King Institute of Preventive Medicine Bacteriolog. Section reports 1907-08
Year: 1907
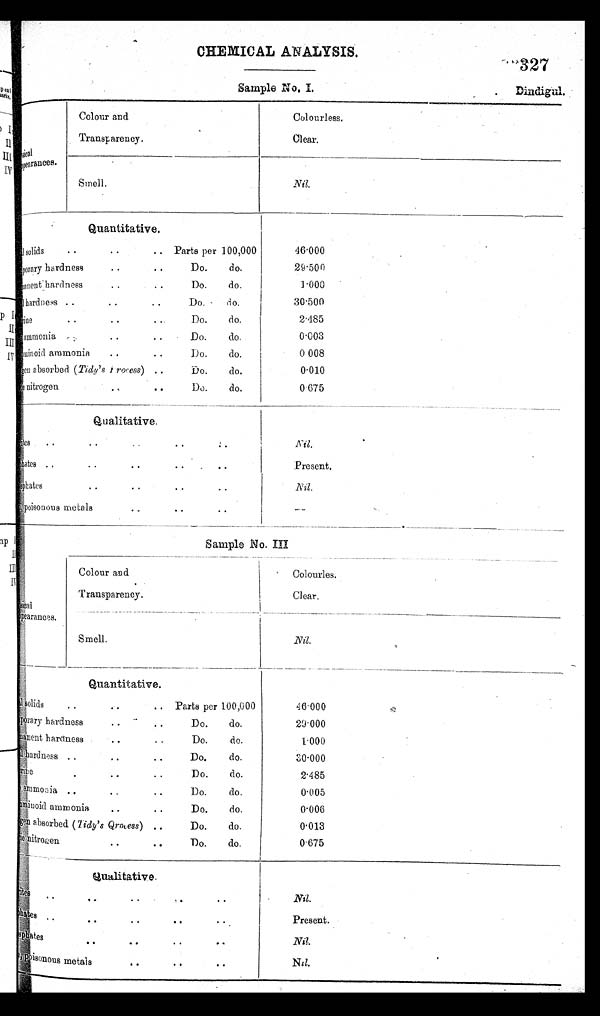
Sample No. I.
Dindigul.
CHEMICAL ANALYSIS.
327
appearances.
P h y s i c a l
Colour and
Transparency.
Colourless.
Clear.
__
___
Sine11.
.N11.
Quantitative.
solids
. .
. .
.. Parts per 100,000
Temporary hardness .. .. Do. do.
Permanent
hardness
. .
• •
Do.
do.
hardness ..
• .
• •
Do. • do,
r i n e
• •
..
• .
Do.
du
ammonia .. ,,
. .
. .
Do.
do.
' min oid ammonia
. .
. .
D o.
do.
en absorbed ( Tidy's proress) . .
Do.
do.
nitrogen
..
0 0
Do.
do.
46.000
29.500
1.000
30.500
2.485
0.003
0 008
0.010
0.675
Qualitative.
ila
. ,
.
. •
. .
• t
• •
p h a t e s
. ,
. .
• •
. .
. . .
sphates
, .
. .
• .
• •
poisonous metals
...
• •
• •
N i l
,
.
Present.
Nil.
--
..
Sample No.
appearances.
Col our an d
Transparency.
Colourles.
Clear.
S m ell
N i l
Quantitative.
solids
. •
. . Parts per 100,000
porary hardness .. - Do. do. • •
manent hardness
' • •
. .
Do.
do.
h a r d n e s s
..
Do.
do.
• •
• •
ine
Do.
do.
.
• •
. .
a m m o n i a
..
Do.
do.
. .
• •
a m o n o i d
anmonia
Do.
do.
• •
. . .
• •
gen
a bsorbed (Tidy's process) . .
Do.
do.
ic nitrogen
Do.
do.
• •
• •
.
.
46.000
2 9 . 0 0 0
1.000
3 0 . 0 0 0
2.485
0.005
0.006
0.013
0.675
Q u a l i t a t i v e
e
.,
• •
. 0
a •
• •
. .
'.1
phates
.
• •
• •
• II
• • .
phates
• •
• •
• •
e ,
poisonous metals
• •
• •
• •
Present.
Nil.